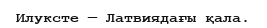
Илуксте — Латвиядағы қала.